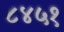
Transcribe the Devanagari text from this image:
८४५१